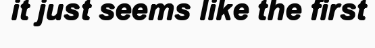
it just seems like the first